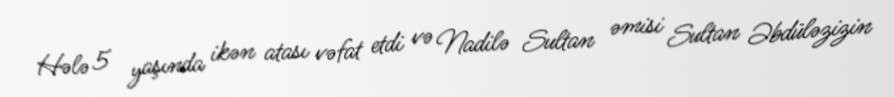
Hələ 5 yaşında ikən atası vəfat etdi və Nadilə Sultan əmisi Sultan Əbdüləzizin